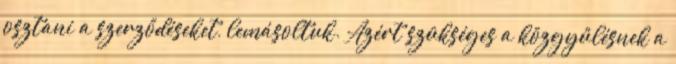
osztani a szerződéseket, lemásoltuk. Azért szükséges a közgyűlésnek a